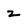
Character: z